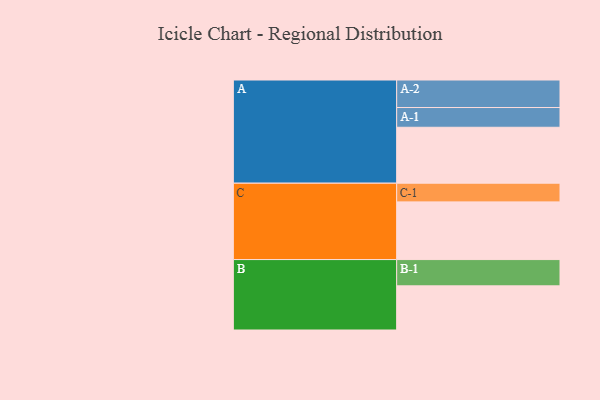
{"axis": {"x": "Segment", "y": "Value"}, "legend": ["", "A", "B", "C"], "data": [{"x": "A", "y": 575, "type": ""}, {"x": "B", "y": 454, "type": ""}, {"x": "C", "y": 593, "type": ""}, {"x": "A-1", "y": 203, "type": "A"}, {"x": "A-2", "y": 283, "type": "A"}, {"x": "B-1", "y": 270, "type": "B"}, {"x": "C-1", "y": 192, "type": "C"}]}